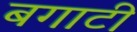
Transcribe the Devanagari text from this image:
बगाटी